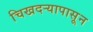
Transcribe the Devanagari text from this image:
चिखदऱ्यापासून